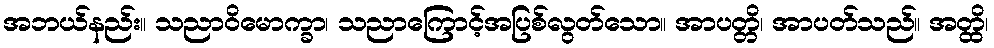
အဘယ်နည်း။ သညာဝိမောက္ခာ၊ သညာကြောင့်အပြစ်လွတ်သော။ အာပတ္တိ၊ အာပတ်သည်။ အတ္ထိ၊